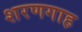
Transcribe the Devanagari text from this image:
शरणगाह